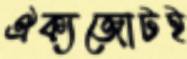
ঐক্যজোটই